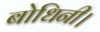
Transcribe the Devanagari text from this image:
बोधिनी।